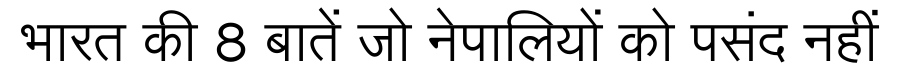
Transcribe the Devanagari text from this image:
भारत की 8 बातें जो नेपालियों को पसंद नहीं